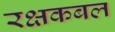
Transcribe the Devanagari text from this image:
रक्षकबल